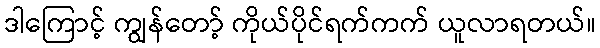
ဒါကြောင့် ကျွန်တော့် ကိုယ်ပိုင်ရက်ကက် ယူလာရတယ်။